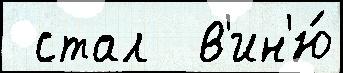
 стал  в'ин'ю́